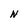
Character: N